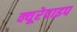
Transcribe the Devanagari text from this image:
क्यूरेपाइप